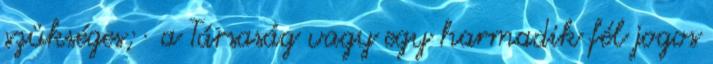
szükséges; · a Társaság vagy egy harmadik fél jogos